Papers set at the Examination for Leaving Certificates, 1891
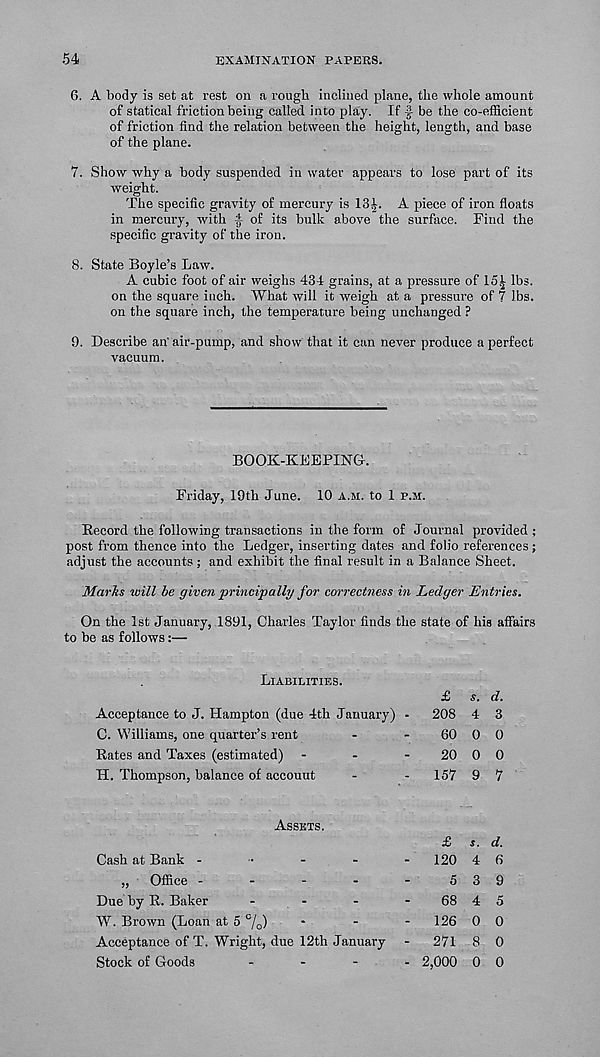
54
EXAMINATION PAPERS.
6. A body is set at rest on a rough inclined plane, the whole amount
of statical friction being called into play. If f- be the co-efficient
of friction find the relation between the height, length, and base
of the plane.
7. Show why a body suspended in water appears to lose part of its
weight.
The specific gravity of mercury is 13^. A piece of iron floats
in mercury, with f of its bulk above the surface. Find the
specific gravity of the iron.
8. State Boyle’s Law.
A cubic foot of air weighs 434 grains, at a pressure of 15t lbs.
on the square inch. What will it weigh at a pressure of 7 lbs.
on the square inch, the temperature being unchanged ?
9. Describe an' air-pump, and show that it can never produce a perfect
vacuum.
BOQK-KFEPINCL
Friday, 19th June. 10 a.si. to 1 p.si.
Record the following transactions in the form of Journal provided ;
post from thence into the Ledger, inserting dates and folio references ;
adjust the accounts ; and exhibit the final result in a Balance Sheet.
Marks will be given principally for correctness in Ledger Entries.
On the 1st January, 1891, Charles Taylor finds the state of his affairs
to be as follows:—
Liabilities.
Acceptance to J. Hampton (due 4th January) -
C. Williams, one quarter’s rent
Rates and Taxes (estimated) -
-
.
H. Thompson, balance of account
£ s. d.
208 4 3
60 0 0
20 0 0
157 9 7
Assets.
Cash at Bank -
-
„ Office -
-
-
-
Due by R. Baker
...
W. Brown (Loan at 5 %)
Acceptance of T. Wright, due 12th January
Stock of Goods
-
-
-
£ s. d.
-
120 4 6
5 3 9
68 4 5
126 0 0
- 271 8 0
- 2,000 0 0